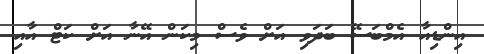
އިންޑިއާ އެމްބަސޭ ބަދަވި އަށް ވެސް މިކަން އޭނާ އަށް ކަޓް އާއި